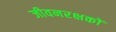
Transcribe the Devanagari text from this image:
जीवनरक्षकों